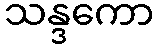
သန္ဒကော